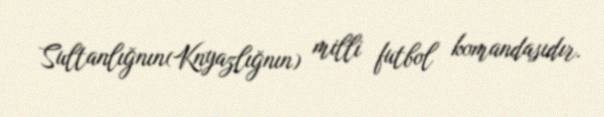
Sultanlığnın(Knyazlığnın) milli futbol komandasıdır.